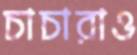
চাচারাও